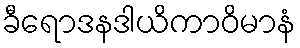
ခီရောဒနဒါယိကာဝိမာနံ